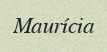
Maurícia